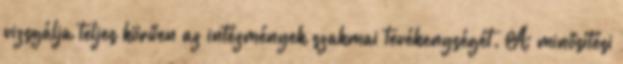
vizsgálja teljes körűen az intézmények szakmai tevékenységét. A minősítési